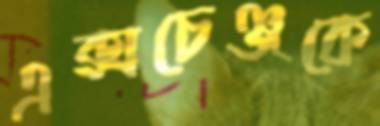
এক্সচেঞ্জকে